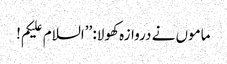
ماموں نے دروازہ کھولا: ’’السلام علیکم!